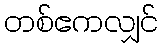
တစ်ဧကလျှင်